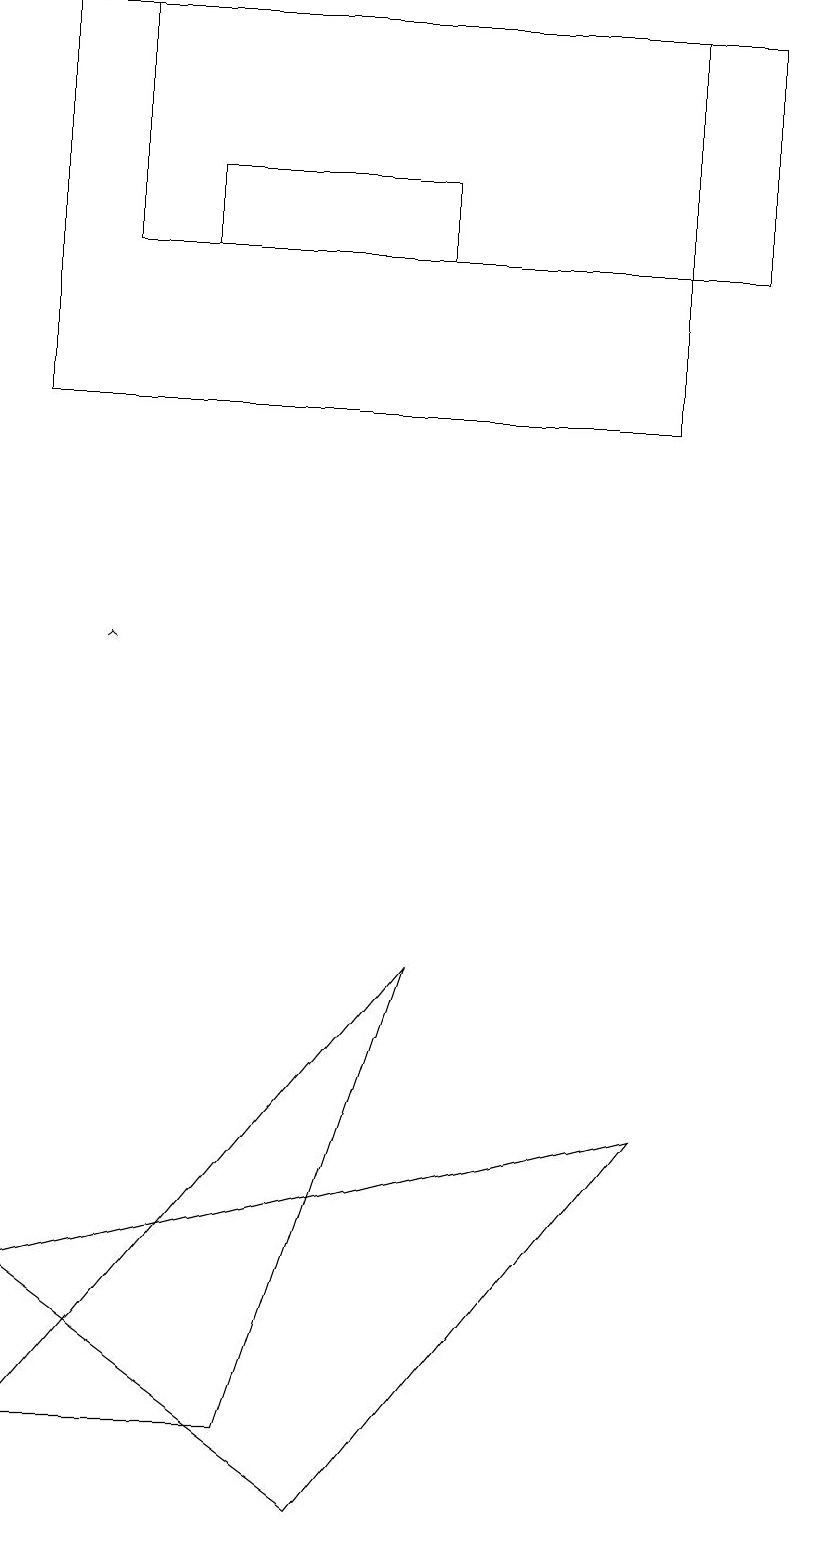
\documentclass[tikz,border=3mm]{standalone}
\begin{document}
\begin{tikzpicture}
\draw (1,19) rectangle (9,16);
\draw (10,10) circle (0);
\draw (0,1) -- (5,7) -- (3,1) -- cycle;
\draw (4,0) -- (0,3) -- (8,5) -- cycle;
\draw (8,14) rectangle (0,19);
\draw (2,16) rectangle (5,17);
\draw[->] (1,11) -- (1,11);
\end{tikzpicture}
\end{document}